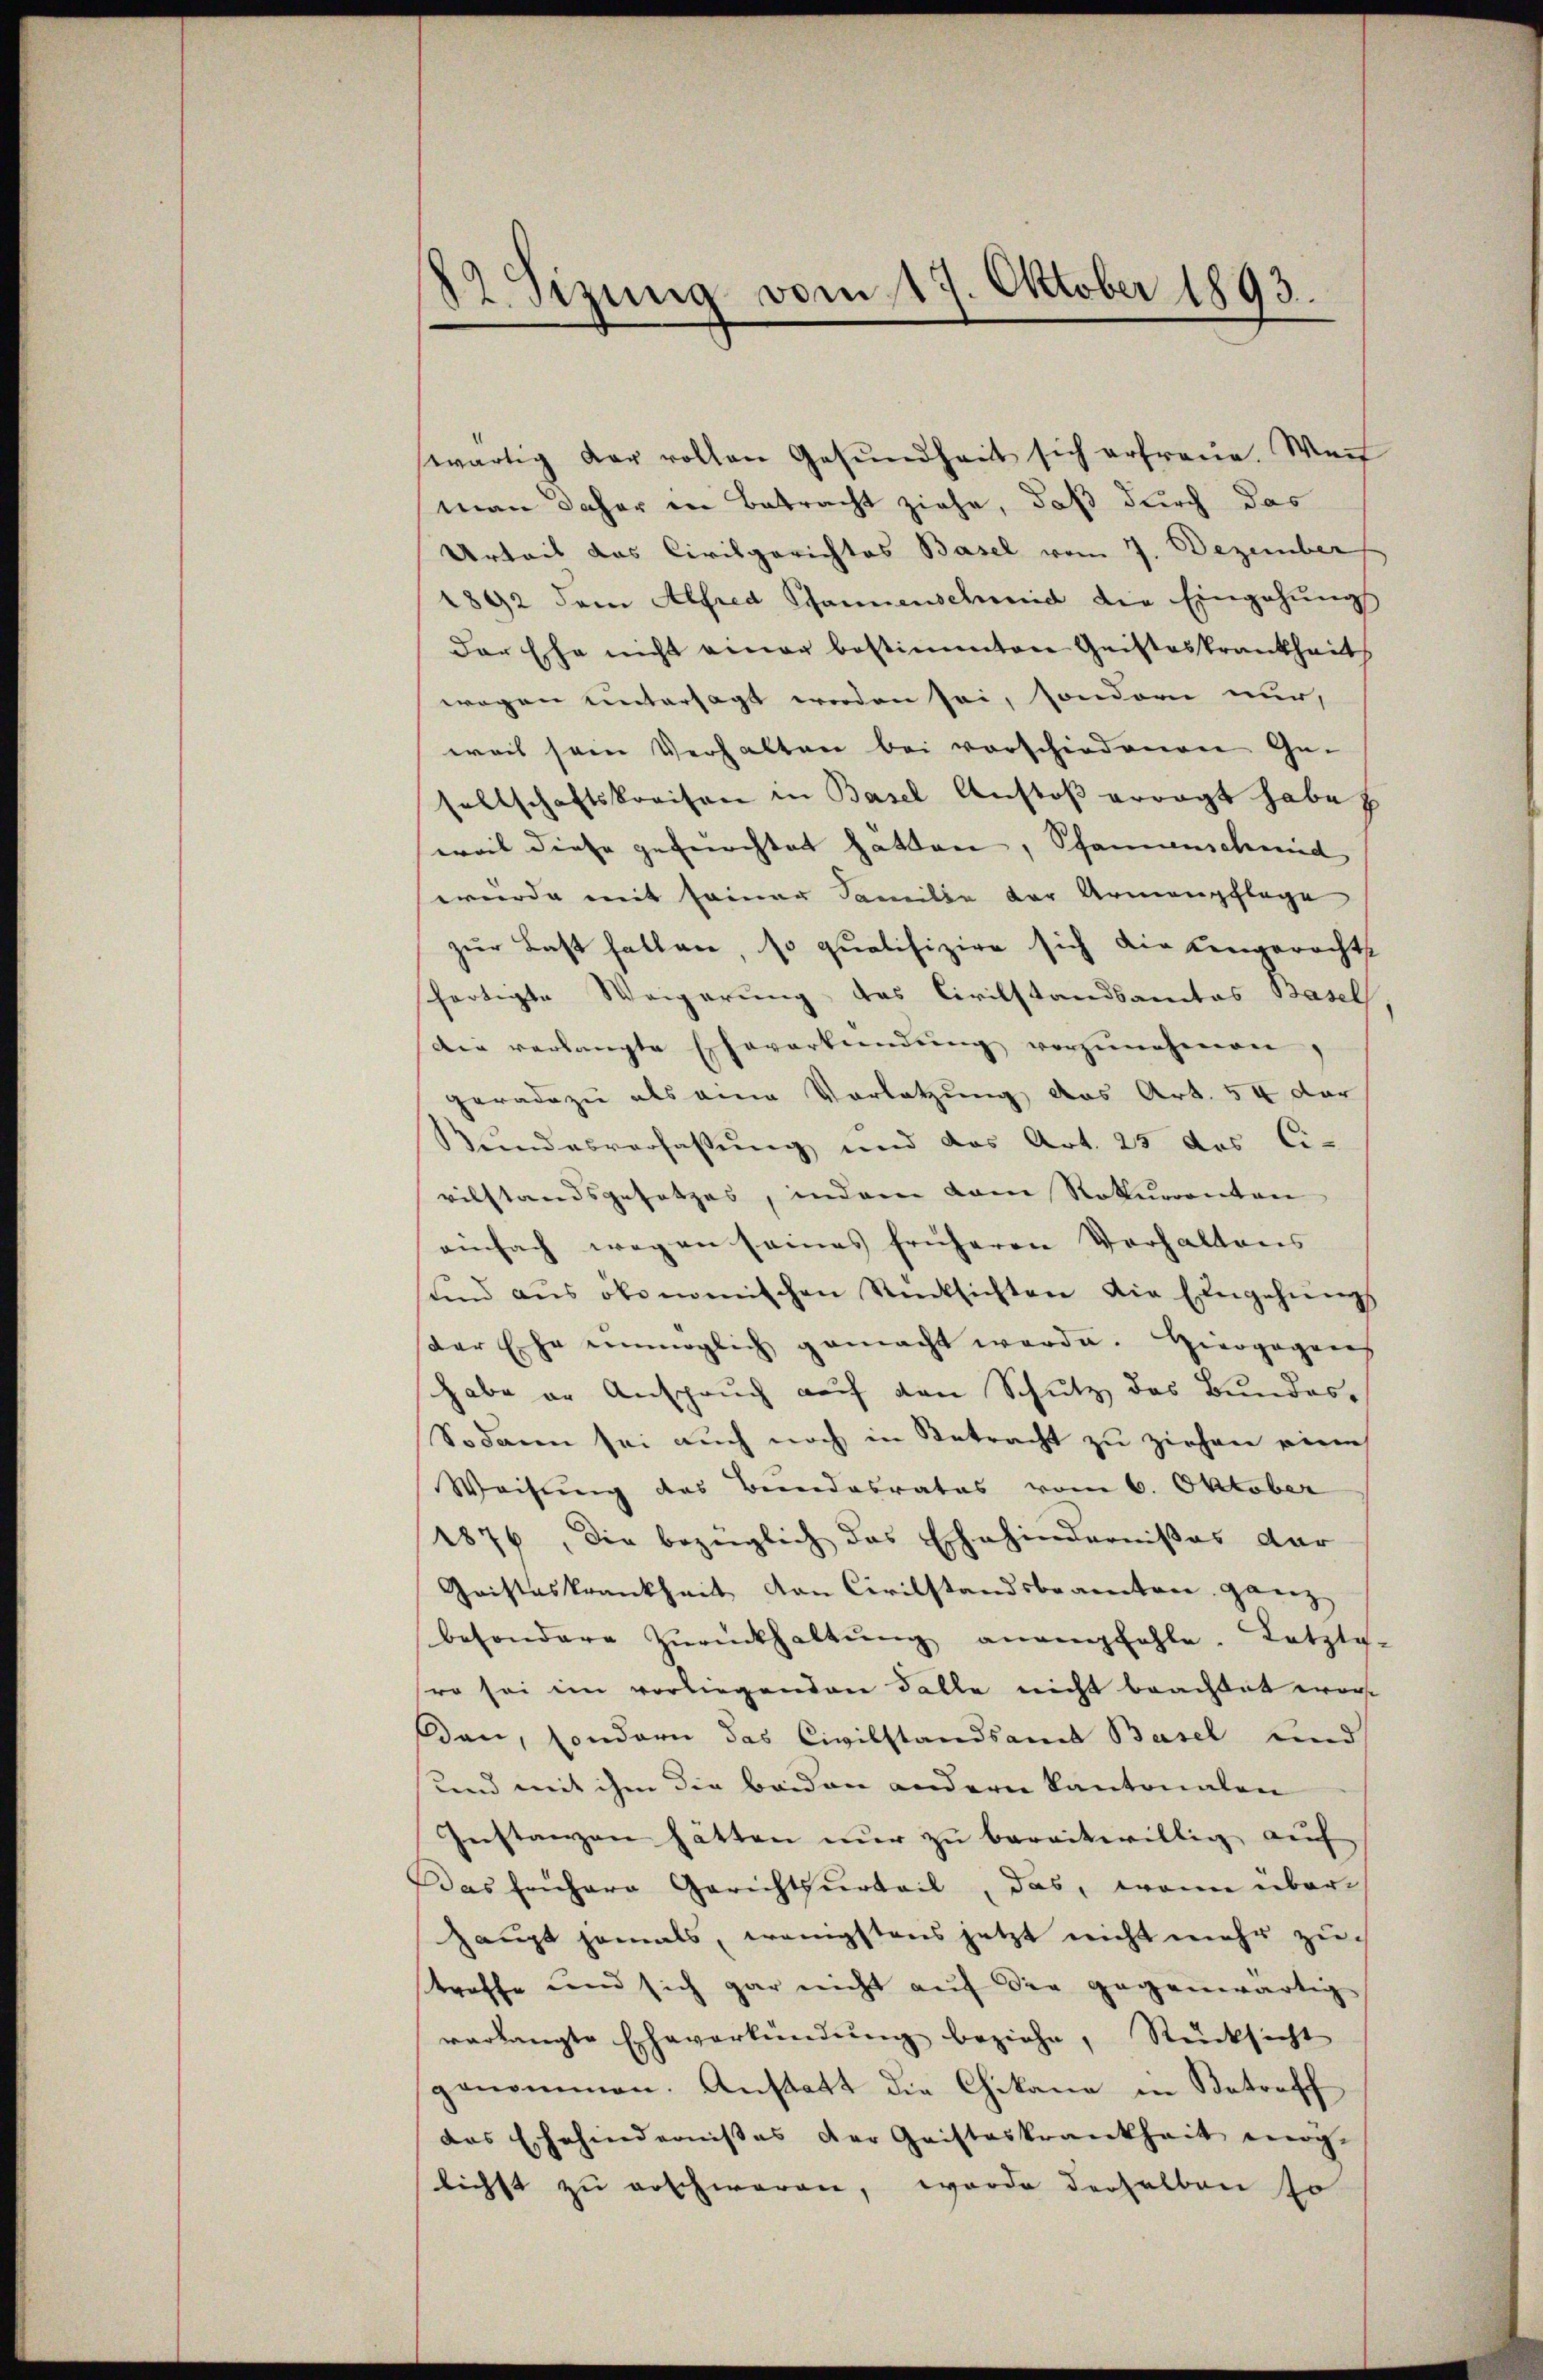
82. Sizung vom 17. Oktober 1893.

wärtig der vollen Gesundheit sich erfreue. Weil
man daher in Betracht ziehe, daß durch das
Urteil das Civilgerichtes Basel vom 7. Dezember
1892 dem Alfred Schannenscheid die Eingehungs
der Ehe nicht einer bestimmten Geisteskrankheit
wegen untersagt worden sei, sondern nur,
weil sein Verhalten bei vorschiedenen Gesellschaftskraison in Basel Anstoß erragt habe
weil diese gefürchtet hatten, Schannenschmied |
wurde mit seiner Familie der Armenpflege
zur Last halten, so qualifizire sich die Lengerechts
fertigte Weigerung, das Civilstandsamtes Basel
Die verlangte Eheverkündŭng vorzŭnehmen,
geradezu als eine Vorletzung das Art. 54 der
Bundesverfassung und das Art. 25 des Ci-
vilstandsgesetzes, indem dem Rekurrenten
einfach wegen seines früheren Verhaltens
und aus ökonomischen Rücksichten die Eingehungs
der Ehe unmöglich gemacht werde. Hiergegang
habe er Anspruch auf den Schutz des Bundes¬
Sodann sei auch noch in Betracht zu ziehen eine
Weisung des Beendesrates vom 6. Oktober
1876, die bezüglich das Ehehindernißes dar
Gristeskrankheit von Civilstandsbeamten ganz
besondere Zŭrückhaltŭng anempfehle. Letztg-
sro sei im vorliegenden Falle nicht brachtet wort
den, sondern das Civilstandsamt Basel und
und mit ihm die beiden andern Kantonalen
Instanzen hätten nur zu bereitwillig auf
Das frühere Gerichtsurteil, das, wenn über
zaupt jemals, wenigstens jetzt nicht mehr zutroffe und sich gar nicht auf die gegenwärtig
verlangte Eheverkündung beziehe, Rücksicht
genommen. Anstatt die Chikane in Betreff
das Ehehindernisses der Geisteskrankheit mög-
lichst zu erschwaren, worde derselben so